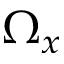
\Omega _ { x }